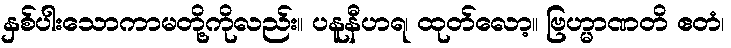
နှစ်ပါးသောကာမတို့ကိုလည်း။ ပနူနီဟရ၊ ထုတ်လော့။ ဗြဟ္မာဏတိ ဧတံ၊